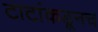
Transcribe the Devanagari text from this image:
टाटांकडूनच